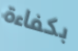
بكفاءة